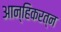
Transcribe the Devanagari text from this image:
आन्हिकरत्न